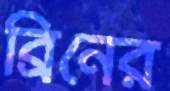
ব্রিনের